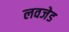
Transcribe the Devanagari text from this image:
लवजेड